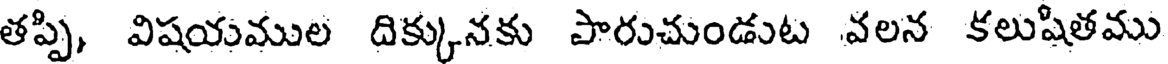
తప్పి, విషయముల దిక్కునకు పారుచుండుట వలన కలుషితము